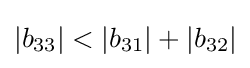
|b_{33}|<|b_{31}|+|b_{32}|